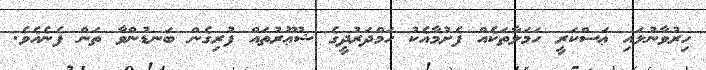
ހިރުވާނުލައި ޢަސްކަރީ ހަމަލާތަކެއް ފެށުމާއެކު ހަމްދަރުދީގެ ޝުޢޫރުތައް ފުރިގެން ބަނޑުންވާ ތަން ފެނެއެވެ.